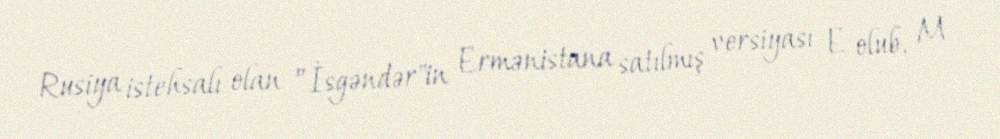
Rusiya istehsalı olan ”İsgəndər"in Ermənistana satılmış versiyası E olub, M